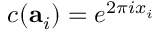
c ( \mathbf { a } _ { i } ) = e ^ { 2 \pi i x _ { i } }